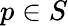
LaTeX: p\in S